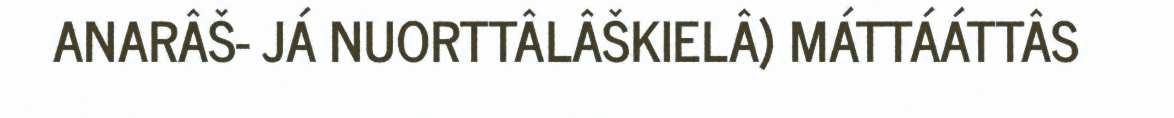
ANARÂŠ- JÁ NUORTTÂLÂŠKIELÂ) MÁTTÁÁTTÂS